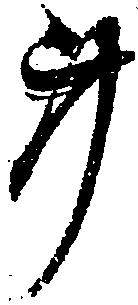
事